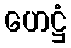
ဟေဋ္ဌံ